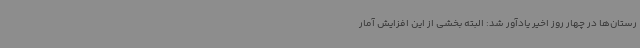
رستان‌ها در چهار روز اخیر یادآور شد: البته بخشی از این افزایش آمار